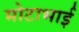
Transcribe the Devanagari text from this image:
मोटाभाई